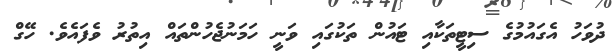
ދުވަހު އެގައުމުގެ ސިޓީތަކާއި ޓައުން ތަކުގައި ވަނީ ހަމަނުޖެހުންތައް އިތުރު ވެފައެވެ. ހޭގް